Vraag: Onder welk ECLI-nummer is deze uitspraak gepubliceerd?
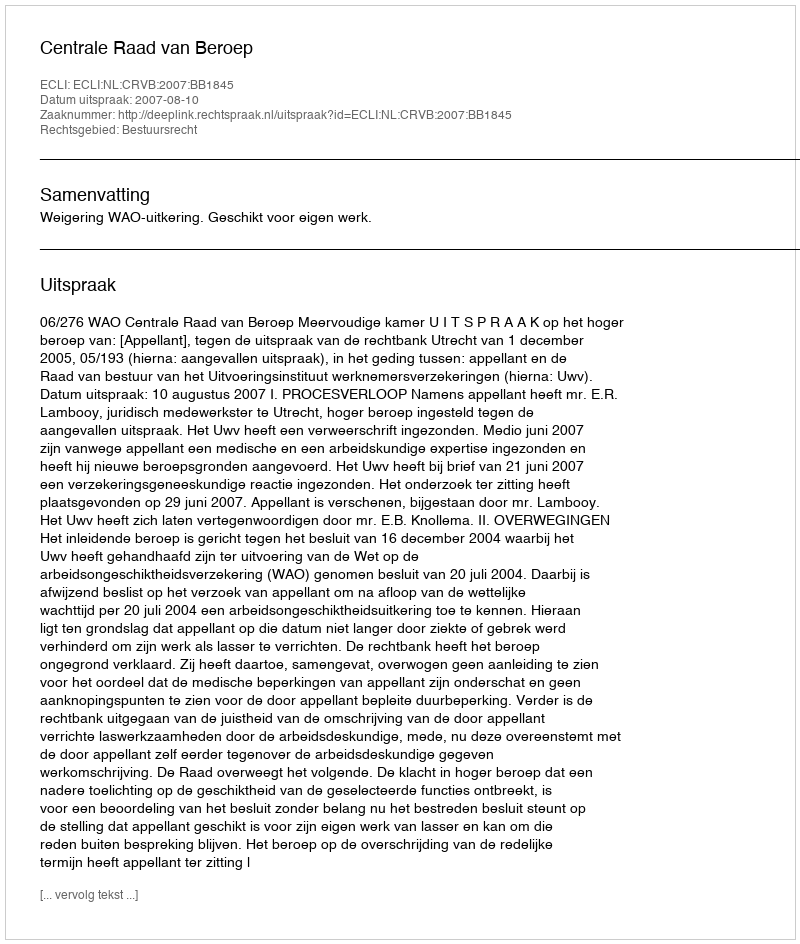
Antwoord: ECLI:NL:CRVB:2007:BB1845